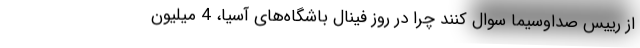
از رییس صداوسیما سوال کنند چرا در روز فینال باشگاه‌های آسیا، 4 میلیون